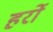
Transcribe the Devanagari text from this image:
हर्रो